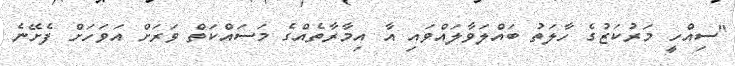
"ސިއްހީ މަރުކަޒުގެ ހާލަތު ބައްލަވާލައްވައި އާ އިމާރާތެއްގެ މަސައްކަތް ވަރަށް އަވަހަށް ފެށޭނެ